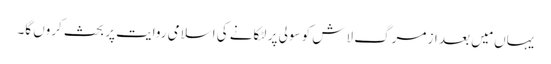
یہاں مَیں بعد از مرگ لاش کو سولی پر لٹکانے کی اسلامی روایت پر بحث کروں گا۔